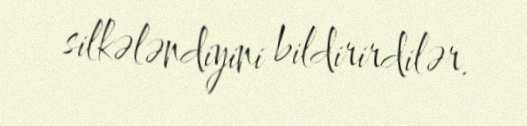
silkələndiyini bildirirdilər.